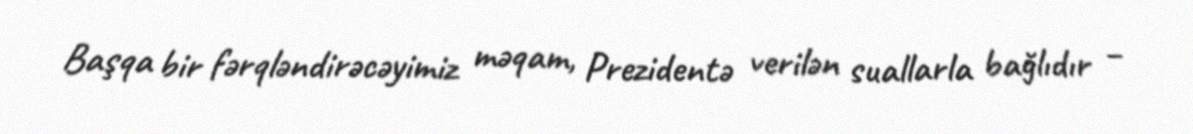
Başqa bir fərqləndirəcəyimiz məqam, Prezidentə verilən suallarla bağlıdır –